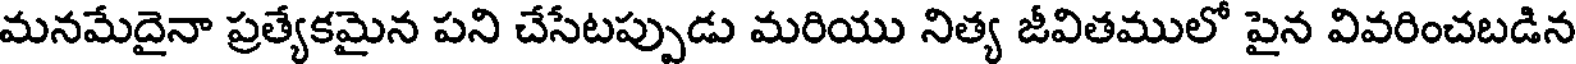
మనమేదైనా ప్రత్యేకమైన పని చేసేటప్పుడు మరియు నిత్య జీవితములో పైన వివరించబడిన